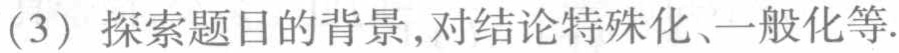
(3) 探索题目的背景,对结论特殊化、一般化等.